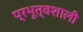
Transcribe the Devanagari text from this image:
प्रभूत्वशाली